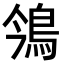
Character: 鳹